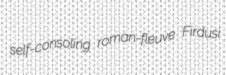
self-consoling roman-fleuve Firdusi